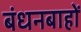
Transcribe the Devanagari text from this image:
बंधनबाहों